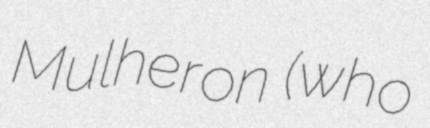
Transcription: Mulheron (who